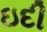
ઇદી